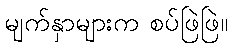
မျက်နှာများက စပ်ဖြဲဖြဲ။